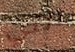
التي